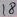
Text: 8